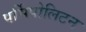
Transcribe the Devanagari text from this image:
पर्सिपोलिटन